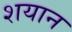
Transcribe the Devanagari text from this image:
शयान